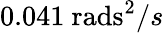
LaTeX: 0.041~\mathrm{rads}^{2}/s